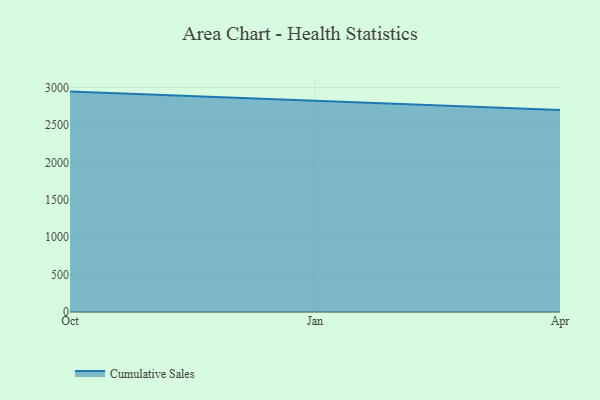
{"axis": {"x": "Month", "y": "Population (Million)"}, "legend": ["Cumulative Sales"], "data": [{"x": "Oct", "y": 2945.3, "type": "Cumulative Sales"}, {"x": "Jan", "y": 2823.4, "type": "Cumulative Sales"}, {"x": "Apr", "y": 2698.3, "type": "Cumulative Sales"}]}